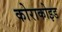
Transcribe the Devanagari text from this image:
कोराकोइड